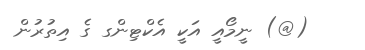
(@) ނީމޯއީ އަކީ އެކްޓިންގ ގެ އިތުރުން